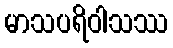
မာသပရိဝါသဿ